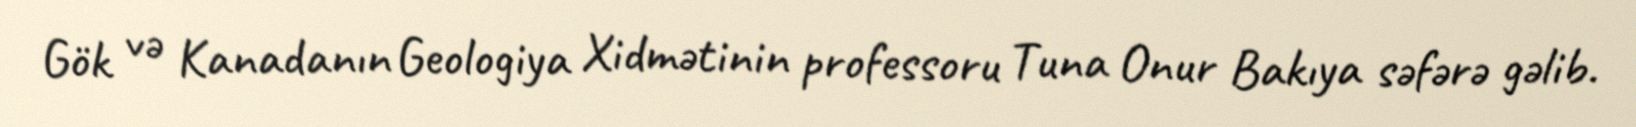
Gök və Kanadanın Geologiya Xidmətinin professoru Tuna Onur Bakıya səfərə gəlib.